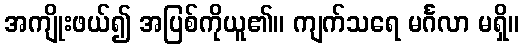
အကျိုးဖယ်၍ အပြစ်ကိုယူ၏။ ကျက်သရေ မင်္ဂလာ မရှိ။